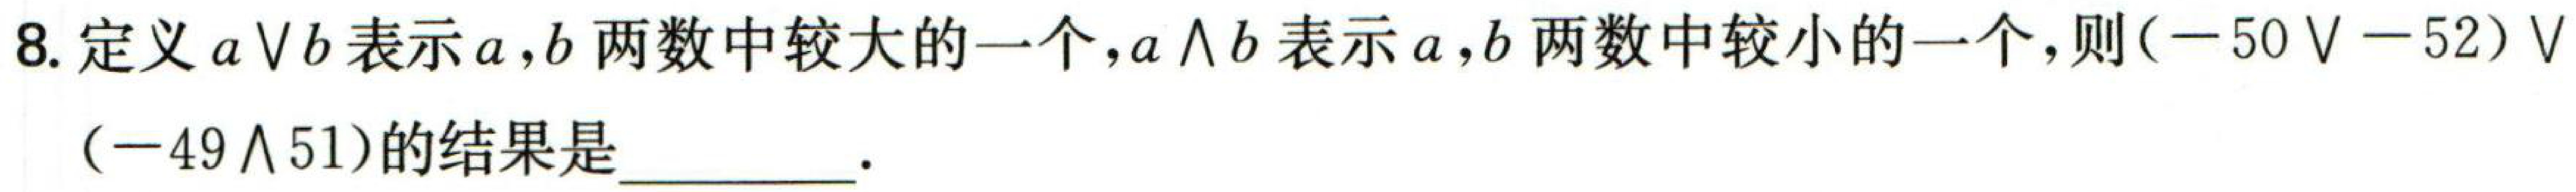
8. 定义 \(a\vee b\) 表示 \(a,b\) 两数中较大的一个，\(a\wedge b\) 表示 \(a,b\) 两数中较小的一个，则\(( - 50\vee - 52)\vee(- 49\wedge51)\) 的结果是  。